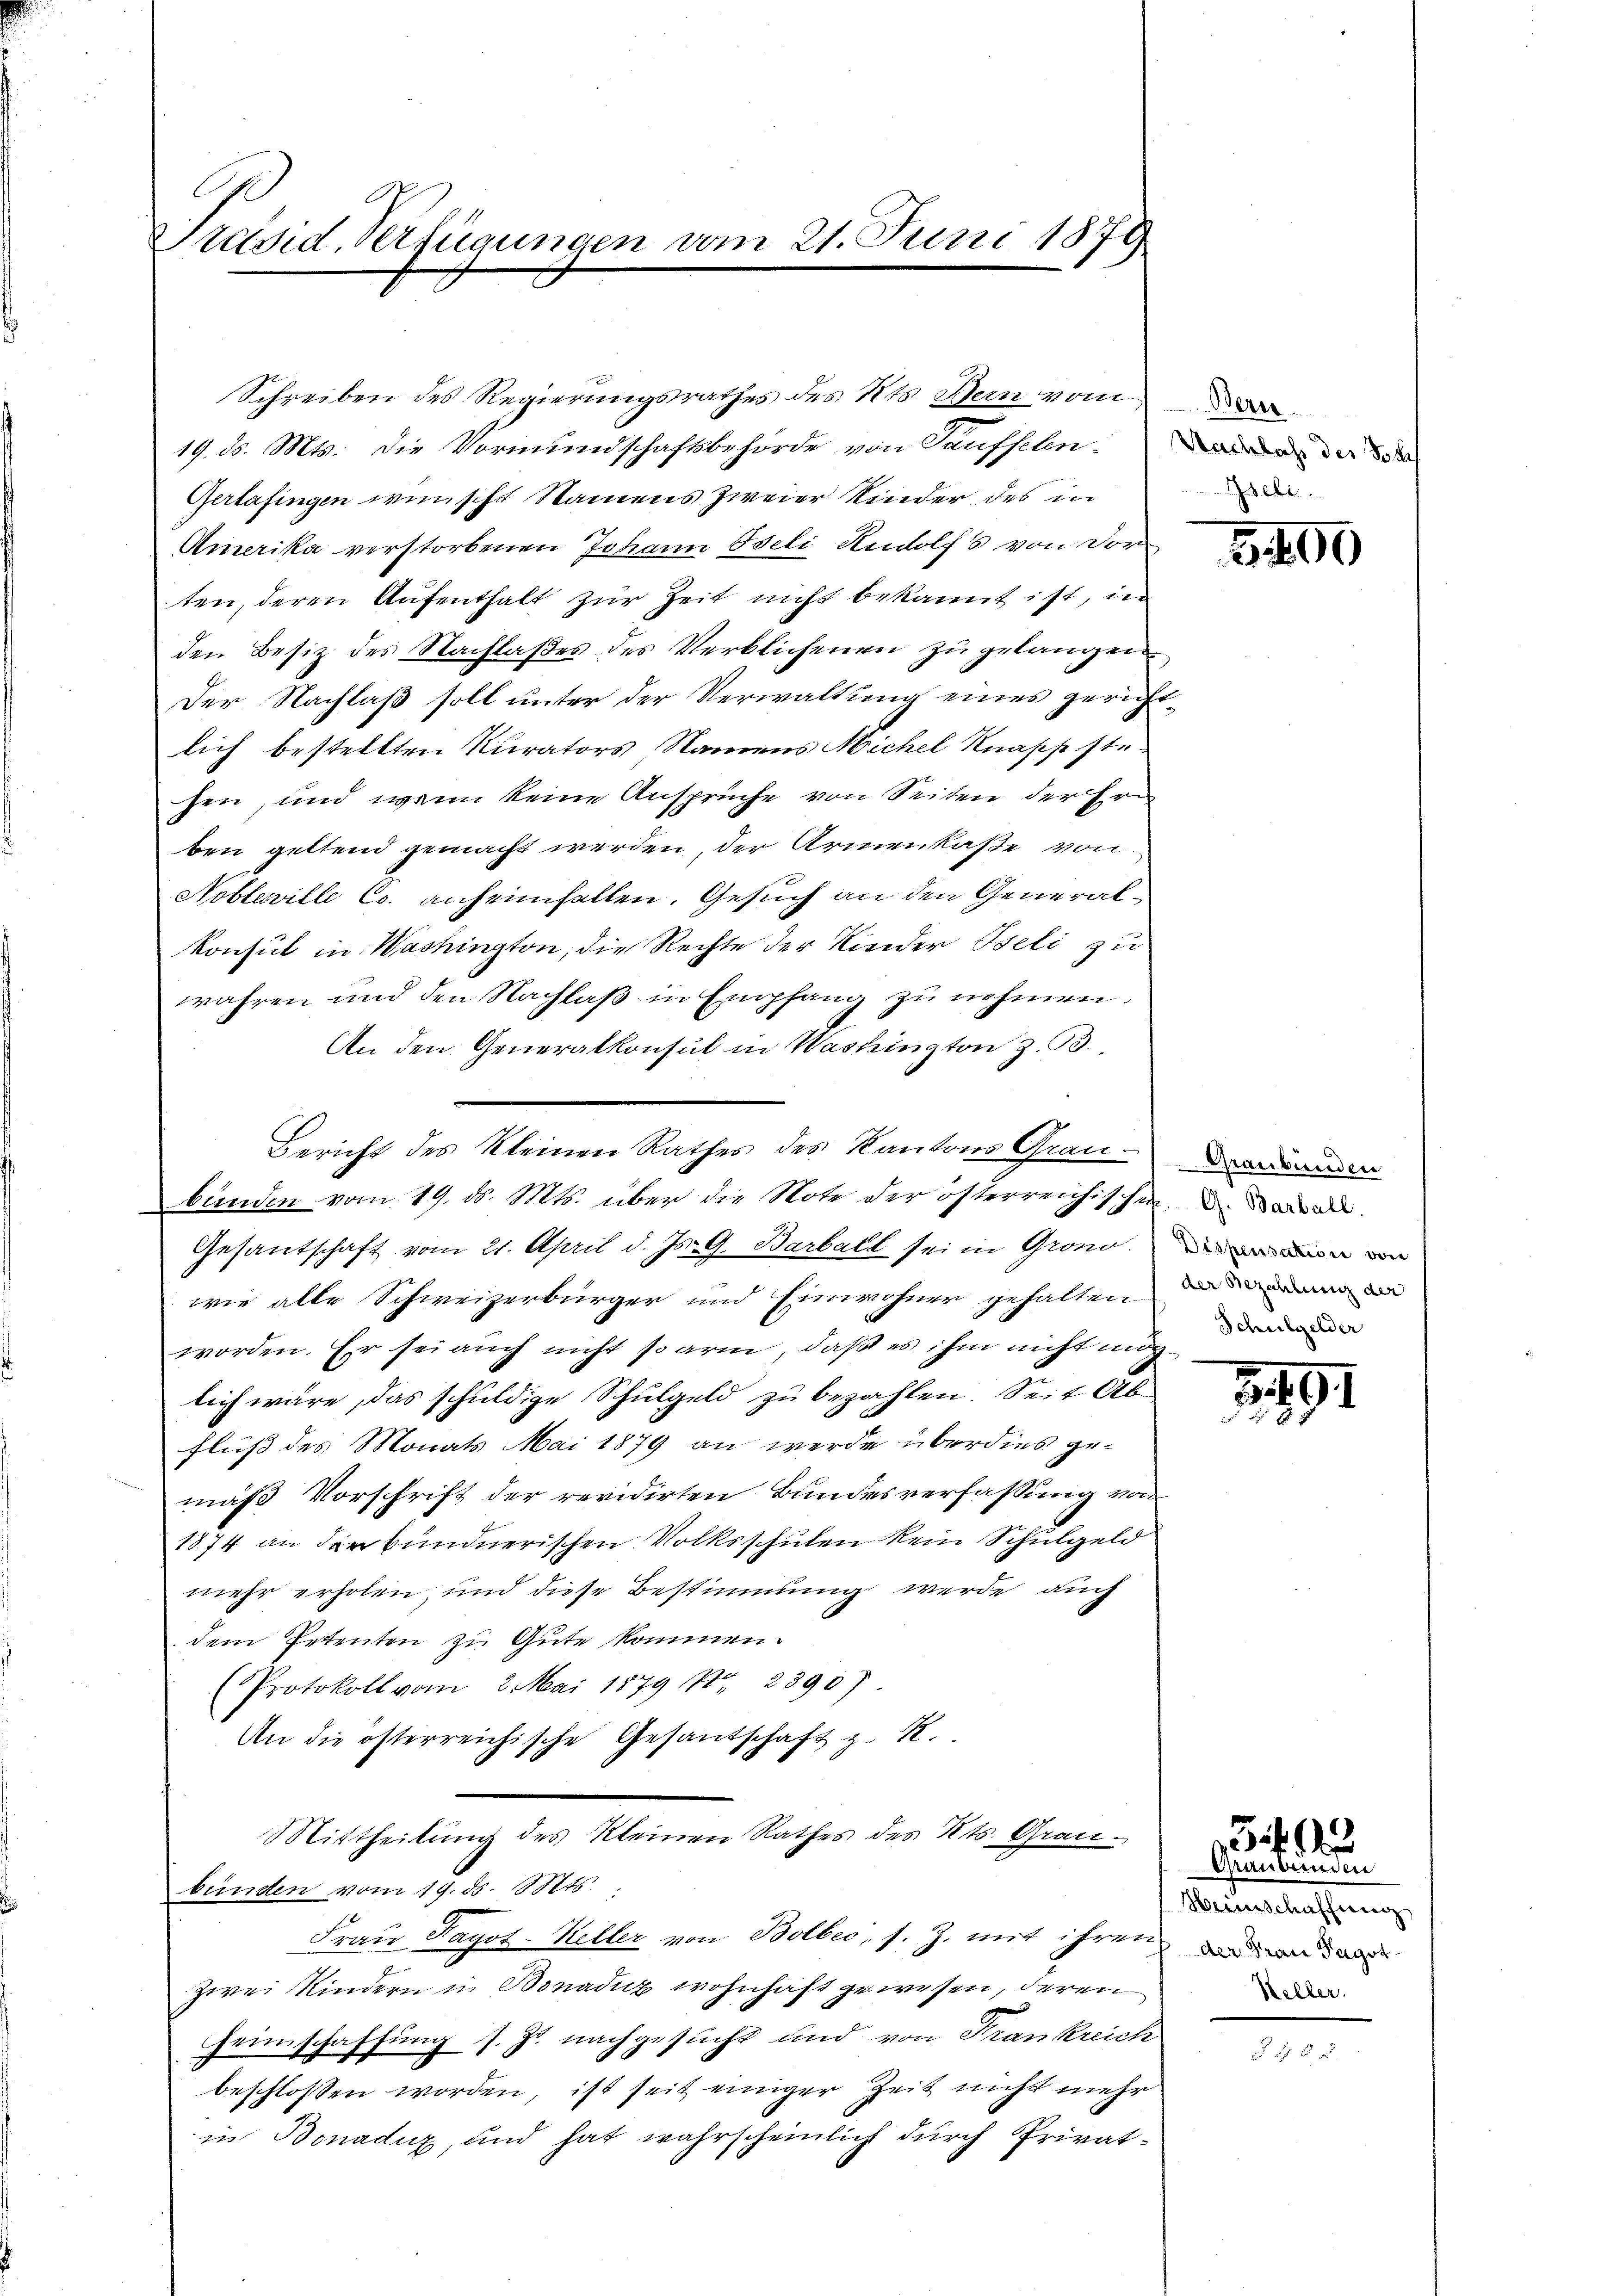
Präsid. Verfügungen vom 21. Juni 1879

Schreiben des Regierungsrathes des Kts. Bern vom
19. d. Mts. die Vormundschaftsbehörde von Taufsehen. der
Gerlasingen wünscht Namens zweier Kinder des in
Amerika verstorbenen Johann Beli Rudolfs von Dorten, deren Aufenthalt zur Zeit nicht bekannt ist, in
den Besiz des Nachlaßes des Verblichenen zu gelangen
Der Nachlaß soll unter der Verwaltung eines gerichtlich bestellten Kurators Namens Michel Knapp stehen, und wenn keine Ansprüche von Seiten der Ern
ben geltend gemacht werden, der Armenkaße von
Noblerille Co. anheimfallen. Gesuch an den Generalkonsul in Washington, die Rechte der Kinder Iseli zu
wahren und den Nachlaβ in Empfang zu nehmen.
An den Generalkonsul in Washington z. B.
bunden vom 19. ds. Mts. über die Note der österreichischen d. Sodan
Gesantschaft vom 21. April d. Js. G. Barbald sei in Grond.
wie alle Schweizerbürger und Einwohner gehalten mir d
worden. Er sei auch nicht so arm, daß es ihm nicht möglich wäre, das schuldige Schulgeld zu bezahlen. Seit Ab¬
Fluß des Monats Mai 1879 an werde überdies gemäß Vorschrift der revidirten Bundesverfassung von
1874 an der bundnerischen Volksschulen kein Schulgeld
mehr erholen, und diese Bestimmung werde, auch
dem Petenten zu Gute kommen.
(Protokoll vom 2. Mai 1879 Nr. 2390)
An die österreichische Gesandschaft z. R.
Mittheilung des Kleinen Rathes des Kts. Grau-
bünden vom 19. ds. Mts.
Frau Sagot-Keller von Bolbec, s. Z. mit ihren und an der
Zwei Kindern in Bonaduz wohnhaft gewesen, deren
Heimschaffung s. Zt. nachgesucht und von Frankreich
beschlossen worden, ist seit einiger Zeit nicht mehr
in Bonaduz, und hat wahrscheinlich durch Privat¬

Bericht des kleinen Rathes des Kantons Grandammander

Iseli

3400

Schulgelder

2891

Graubünden
Heimschaffung
Keller.

5 f 14

.